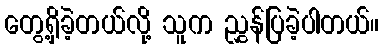
တွေ့ရှိခဲ့တယ်လို့ သူက ညွှန်ပြခဲ့ပါတယ်။